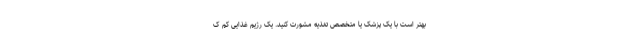
بهتر است با یک پزشک یا متخصص تغذیه مشورت کنید. یک رژیم غذایی کم ک